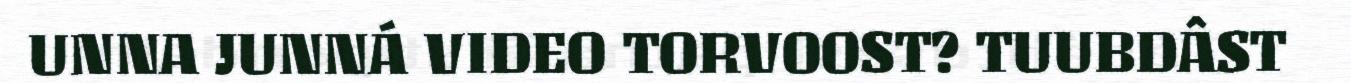
UNNA JUNNÁ VIDEO TORVOOST? TUUBDÂST